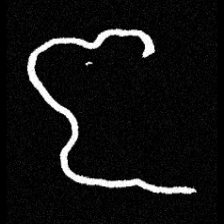
Pyu character \u2014 Myanmar letter: ဇ (romanized: ja)